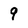
Character: 9